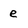
Character: e